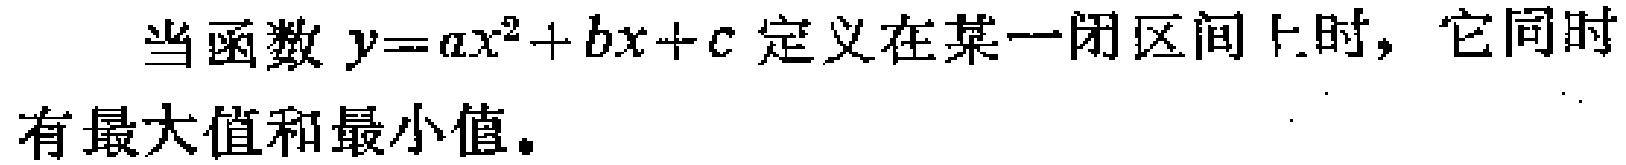
当函数 \(y = ax^{2}+bx + c\) 定义在某一闭区间上时，它同时有最大值和最小值。